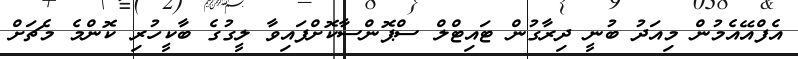
އެފްއޭއެމުން މިއަދު ބުނީ ދިރާގުން ޓައިޓްލް ސްޕޮންސާކޮށްފައިވާ ލީގުގެ ބާކީހުރި ކޮންމެ މެޗަށް